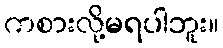
ကစားလို့မရပါဘူး။